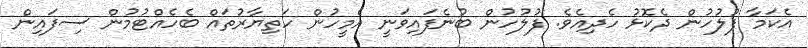
އެކަމާ ފުލުހުން ދެކޮޅު ހެދިއެވެ. ފުލުހުން ބުނެފައިވަނީ އެމީހުން ހަތިޔާރުތައް ބެހެއްޓުމުން ސިފައިން